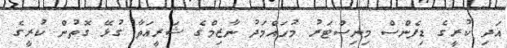
އަދި ކުރީގެ ޑިފެންސް މިނިސްޓަރު މުހައްމަދު ނާޒިމްގެ ޝަރީއަތާ ގުޅޭ ގޮތުން ކުރީގެ